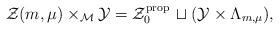
LaTeX: \begin{align*}\mathcal{Z}( m , \mu ) \times_\mathcal{M} \mathcal{Y} = \mathcal{Z}_0^\mathrm{prop}\,\sqcup ( \mathcal{Y} \times \Lambda_{m,\mu} ) ,\end{align*}